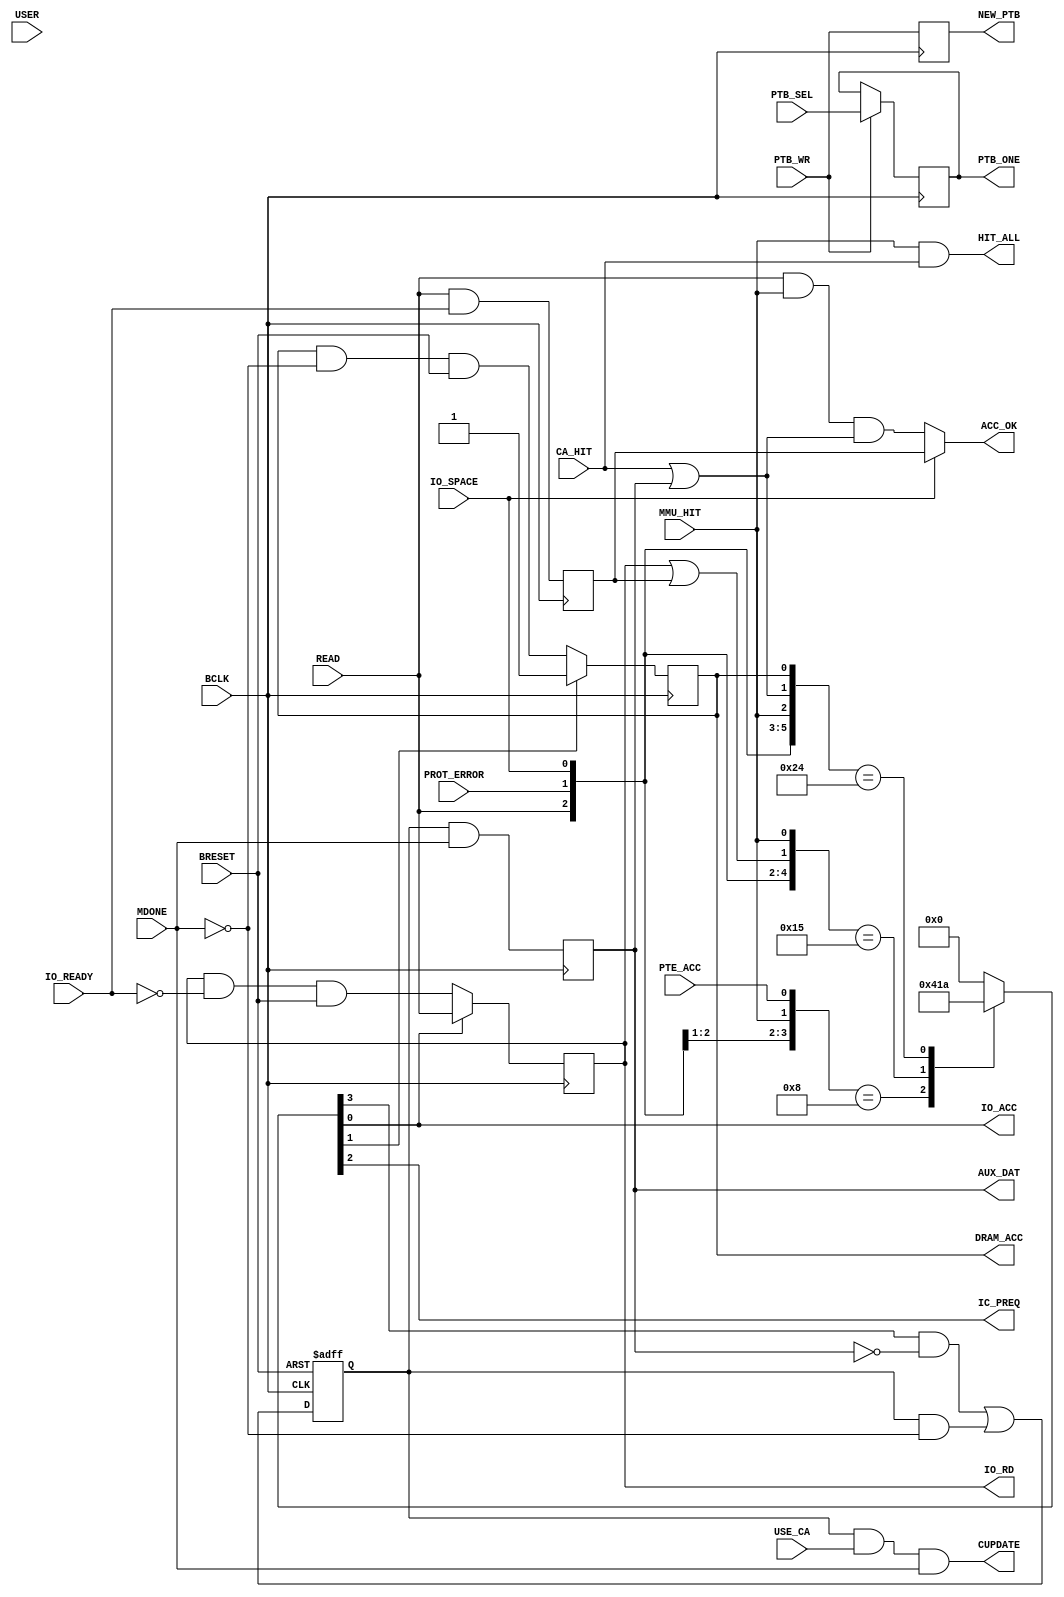
module ICACHE_SM ( BCLK, BRESET, IO_SPACE, MDONE, IO_READY, MMU_HIT, CA_HIT, READ, PTE_ACC,
				   USE_CA, PTB_WR, PTB_SEL, USER, PROT_ERROR,
				   DRAM_ACC, IO_RD, IO_ACC, IC_PREQ, ACC_OK, HIT_ALL, CUPDATE, AUX_DAT, NEW_PTB, PTB_ONE );
	input			BCLK;
	input			BRESET;
	input			IO_SPACE;
	input			MDONE;		
	input			IO_READY;
	input			MMU_HIT,CA_HIT;
	input			READ;
	input			PTE_ACC;
	input			USE_CA;
	input			PTB_WR,PTB_SEL;
	input			USER;
	input			PROT_ERROR;
	output	reg		DRAM_ACC,IO_RD;
	output			IO_ACC;
	output			IC_PREQ;
	output			ACC_OK;
	output			HIT_ALL;
	output			CUPDATE;
	output			AUX_DAT;
	output	reg		NEW_PTB,PTB_ONE;
	reg		 [3:0]	new_state;
	reg				rd_done;
	reg				card_flag;
	reg				rd_rdy;
	wire			io_busy;
	wire			dram_go;
	wire			rd_ende;
	wire			do_ca_rd;
	assign rd_ende = CA_HIT | rd_rdy;	
	always @(	 READ	 	
			  or PROT_ERROR	
			  or IO_SPACE	
			  or io_busy	
			  or MMU_HIT	
			  or rd_ende	
			  or DRAM_ACC	
			  or PTE_ACC )	
		casex ({READ,PROT_ERROR,IO_SPACE,io_busy,MMU_HIT,rd_ende,DRAM_ACC,PTE_ACC})
		  8'b10_xx_0xx_0 : new_state = 4'b0100;	
		  8'b10_10_1xx_x : new_state = 4'b0001;
		  8'b10_0x_100_x : new_state = 4'b1010;	
		  default 		 : new_state = 4'b0;
		endcase
	assign IO_ACC   = new_state[0];	
	assign dram_go  = new_state[1];
	assign IC_PREQ  = new_state[2];	
	assign do_ca_rd = new_state[3];
	assign HIT_ALL = MMU_HIT & CA_HIT;	
	always @(posedge BCLK or negedge BRESET)
		if (!BRESET) card_flag <= 1'b0;
			else card_flag <= (do_ca_rd & ~rd_rdy) | (card_flag & ~MDONE);
	assign CUPDATE = card_flag & USE_CA & MDONE;	
	always @(posedge BCLK) rd_rdy <= card_flag & MDONE;	
	assign AUX_DAT = rd_rdy;
	always @(posedge BCLK) if (dram_go) DRAM_ACC <= 1'b1;
							 else
								DRAM_ACC <= DRAM_ACC & ~MDONE & BRESET;
	always @(posedge BCLK)
	  begin
		if (IO_ACC) IO_RD <= READ;  else IO_RD <= IO_RD & ~IO_READY & BRESET;
	  end
	assign io_busy = IO_RD | rd_done;	
	always @(posedge BCLK) rd_done <= READ & IO_READY;	
	assign ACC_OK = IO_SPACE ? rd_done : (READ & MMU_HIT & rd_ende);
	always @(posedge BCLK) NEW_PTB <= PTB_WR;			
	always @(posedge BCLK) if (PTB_WR) PTB_ONE <= PTB_SEL;
endmodule